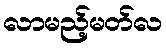
လာမည့်မတ်လ